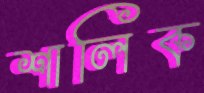
শালিক